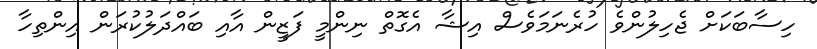
ހިސާބަކަށް ޖެހިލުންވެ ހުރެނަމަވެސް އިޝާ އެގޮތް ނިންމީ ފަޒީން އާއި ބައްދަލުކުރަން އިންތިހާ